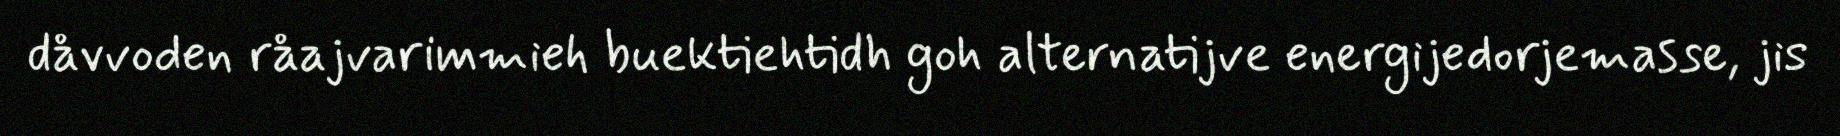
dåvvoden råajvarimmieh buektiehtidh goh alternatijve energijedorjemasse, jis